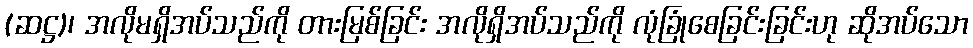
(ဆဋ္ဌ)၊ အလိုမရှိအပ်သည်ကို တားမြစ်ခြင်း အလိုရှိအပ်သည်ကို လုံခြုံစေခြင်းခြင်းဟု ဆိုအပ်သော